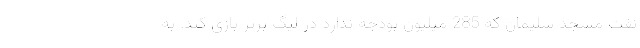
نفت مسجد سلیمان که 285 میلیون بودجه ندارد در لیگ برتر بازی کند. به